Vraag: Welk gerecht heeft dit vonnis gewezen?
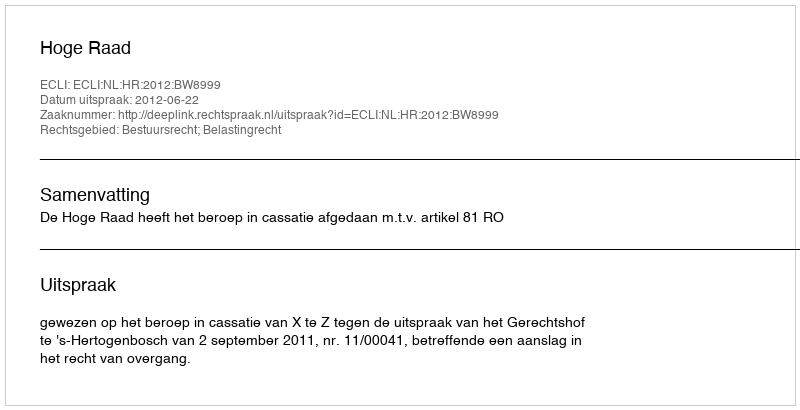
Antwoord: Hoge Raad